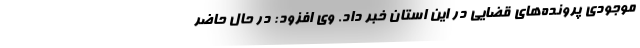
موجودی پرونده‌های قضایی در این استان خبر داد. وی افزود: در حال حاضر